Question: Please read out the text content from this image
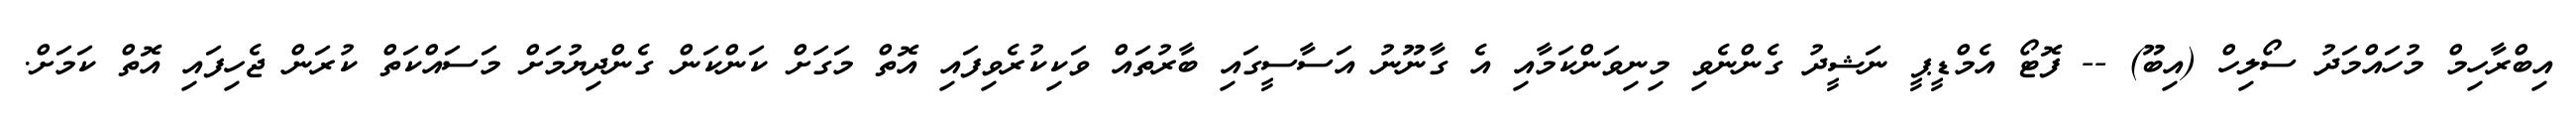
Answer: އިބްރާހިމް މުހައްމަދު ސޯލިހް (އިބޫ) -- ފޮޓޯ އެމްޑީޕީ ނަޝީދު ގެންނެވި މިނިވަންކަމާއި އެ ގާނޫނު އަސާސީގައި ބާރުތައް ވަކިކުރެވިފައި އޮތް މަގަށް ކަންކަން ގެންދިޔުމަށް މަސައްކަތް ކުރަން ޖެހިފައި އޮތް ކަމަށް.